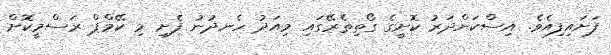
ފަށައިފިއެވެ. އިސްކަންދަރު ކޮށީގެ ގޯތިތެރޭގައި މިއަދު ހެނދުނު ފެށި މި ކޭމްޕް ރަސްމީކޮށް